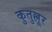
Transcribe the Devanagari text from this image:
कुतुल्लूर